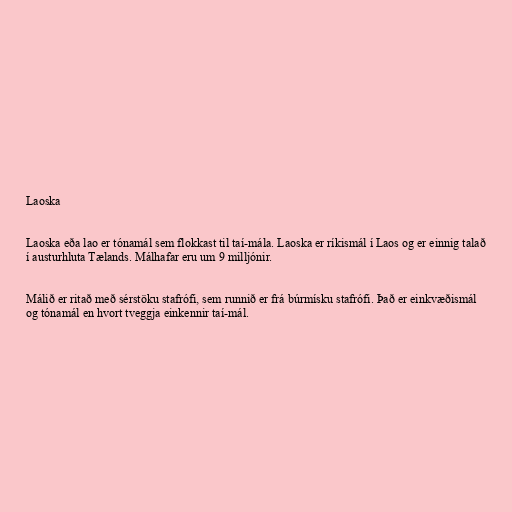
Laoska

Laoska eða lao er tónamál sem flokkast til taí-mála. Laoska er ríkismál í Laos og er einnig talað
í austurhluta Tælands. Málhafar eru um 9 milljónir.

Málið er ritað með sérstöku stafrófi, sem runnið er frá búrmísku stafrófi. Það er einkvæðismál
og tónamál en hvort tveggja einkennir taí-mál.